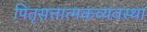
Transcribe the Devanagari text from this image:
पितृसत्तात्मकव्यवस्था